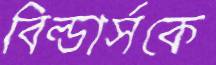
বিল্ডার্সকে